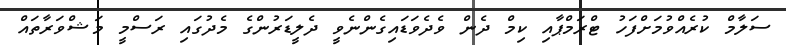
ސަލާމް ކުރެއްވުމަށްފަހު ޓްރަމްޕާއި ކިމް ދެން ވެދެވަޑައިގެންނެވީ ދެލީޑަރުންގެ މެދުގައި ރަސްމީ މަޝްވަރާތައް